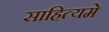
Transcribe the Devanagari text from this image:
साहित्यमे